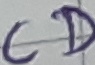
Text: CD